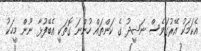
އެކަމަކު އޭރުގަވެސް ނަޝީދު ގެ ކަންތައް ހުންނަ ގޮތަކީ އެބޭފުޅާ ނޫން މީހަކު